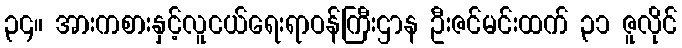
၃၄။ အားကစားနှင့်လူငယ်ရေးရာဝန်ကြီးဌာန ဦးဇင်မင်းထက် ၃၁ ဇူလိုင်